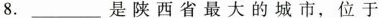
8.___是陕西省最大的城市，位于